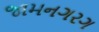
જામનગરગ